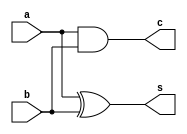
module halfadder (
    // Inputs and output ports
    input  b,
    output c,
    input  a,
    output s
);

  // Declaracin de seales [reg, wire]

  // Descripcin del comportamiento
  assign s = a ^ b;
  assign c = a & b;

endmodule